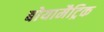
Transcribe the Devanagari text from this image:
बोयामैट्रिक